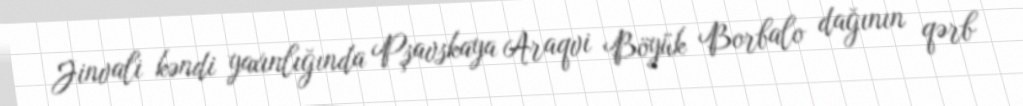
Jinvali kəndi yaxınlığında Pşavskaya Araqvi Böyük Borbalo dağının qərb